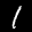
Label: 1